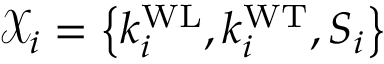
\mathcal { X } _ { i } = \left\{ k _ { i } ^ { \mathrm { W L } } , k _ { i } ^ { \mathrm { W T } } , S _ { i } \right\}